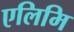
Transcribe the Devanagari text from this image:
एलिमि